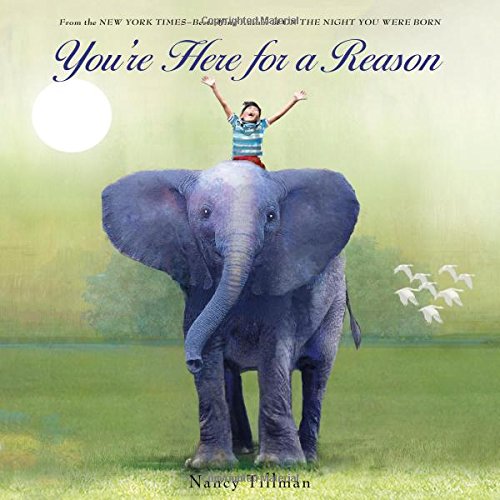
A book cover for You're Here for a Reason; Nancy Tillman; Children's Books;